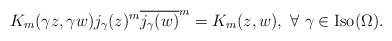
\begin{align*} K_m(\gamma z, \gamma w) j_\gamma(z)^m \overline{j_\gamma(w)}^m = K_m (z,w), \ \forall \ \gamma\in {\rm Iso}(\Omega).\end{align*}